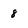
Character: 8